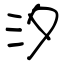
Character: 汐